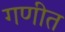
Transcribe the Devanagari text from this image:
गणीत